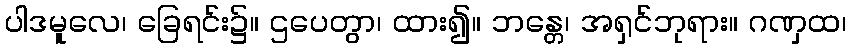
ပါဒမူလေ၊ ခြေရင်း၌။ ဌပေတွာ၊ ထား၍။ ဘန္တေ၊ အရှင်ဘုရား။ ဂဏှထ၊